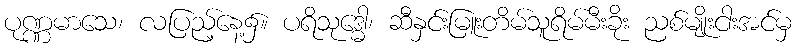
ပုဏ္ဏမာသေ၊ လပြည့်နေ့၌။ ပရိသုဒ္ဓေါ၊ ဆီနှင်းမြူးတိမ်သူရိမ်မီးခိုး ညစ်မျိုးငါးအင်မှ